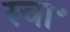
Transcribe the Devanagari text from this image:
स्वा॰